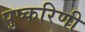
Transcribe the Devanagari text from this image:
पुष्‍करिणी